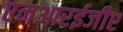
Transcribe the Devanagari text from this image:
एनआरईजीए